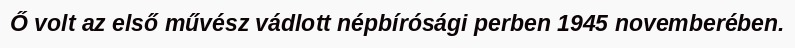
Ő volt az első művész vádlott népbírósági perben 1945 novemberében.